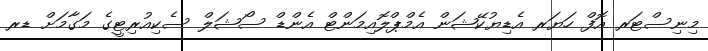
މިނިސްޓަރ އޮފް ހަޔަރ އެޑިޔުކޭޝަން އެމްޕްލޮއިމަންޓް އެންޑް ސޯޝަލް ސެކިއުރިޓީގެ މަގާމަށް ޑރ